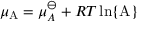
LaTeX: \mu _ { \mathrm { A } } = \mu _ { A } ^ { \ominus } + R T \ln \{ \mathrm { A } \}